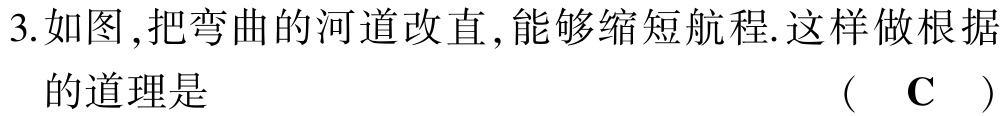
3.如图 ,把弯曲的河道改直 ,能够缩短航程.这样做根据

的道理是 （ C ）